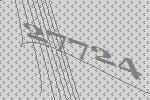
27724